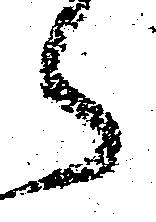
ら